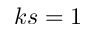
k s = 1